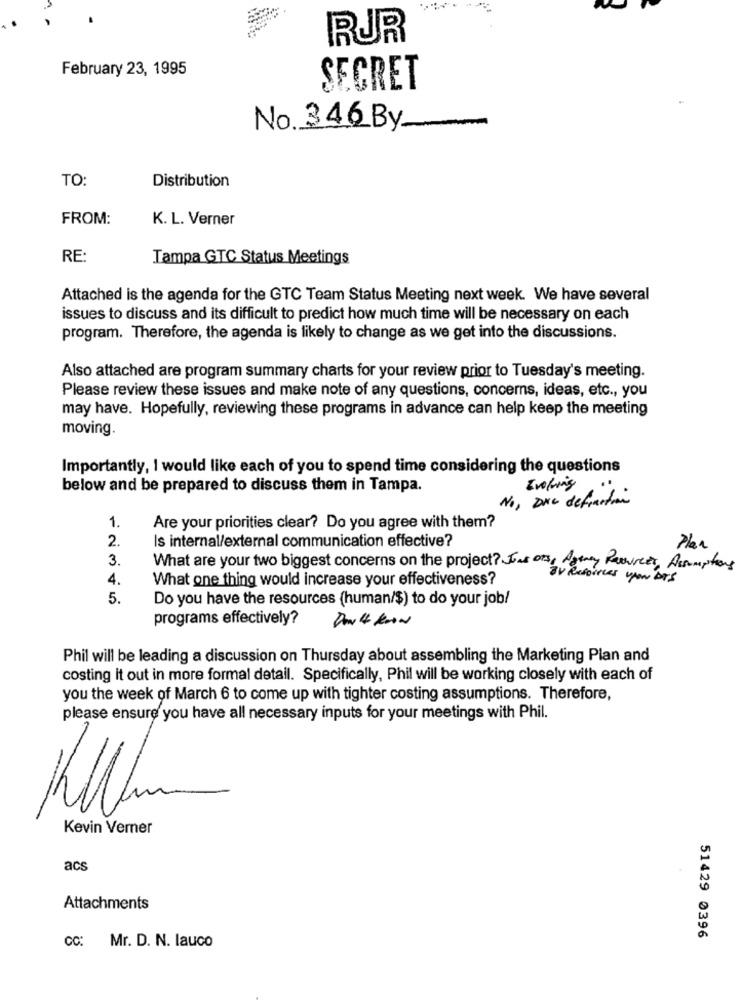
RUR
February 23, 1995
SECRET
No. 346By-
TO:
Distribution
FROM:
K. L. Verner
RE
Tampa GTC Status Meetings
Attached is the agenda for the GTC Team Status Meeting next week. We have several
issues to discuss and its difficult to predict how much time will be necessary on each
program. Therefore, the agenda is likely to change as we get into the discussions.
Also attached are program summary charts for your review prior to Tuesday's meeting.
Please review these issues and make note of any questions, concerns, ideas, etc ., you
may have. Hopefully, reviewing these programs in advance can help keep the meeting
moving.
Importantly, I would like each of you to spend time considering the questions
below and be prepared to discuss them in Tampa.
No, Die definition
1.
Are your priorities clear? Do you agree with them?
2.
Is internal/external communication effective?
Plan
3.
What are your two biggest concerns on the project? Jas ons, Aaty Persureet, Assumptions
4.
What one thing would increase your effectiveness?
SV Resources Von Dis
5.
Do you have the resources (human/$) to do your job!
programs effectively?
Phil will be leading a discussion on Thursday about assembling the Marketing Plan and
costing it out in more formal detail. Specifically, Phil will be working closely with each of
you the week of March 6 to come up with tighter costing assumptions. Therefore,
please ensure you have all necessary inputs for your meetings with Phil.
Kevin Verner
acs
Attachments
CC: Mr. D. N. lauco
51429 0396